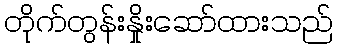
တိုက်တွန်းနှိုးဆော်ထားသည်